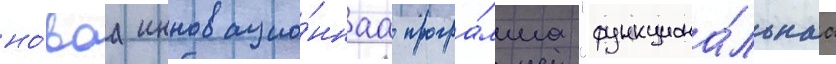
но́ваа инновацио́ннаа програ́мма "функциона́льнаа